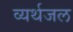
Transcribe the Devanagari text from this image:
व्यर्थजल